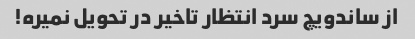
از ساندویچ سرد انتظار تاخیر در تحویل نمیره!